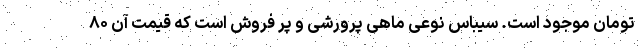
تومان موجود است. سیباس نوعی ماهی پرورشی و پر فروش است که قیمت آن ۸۰